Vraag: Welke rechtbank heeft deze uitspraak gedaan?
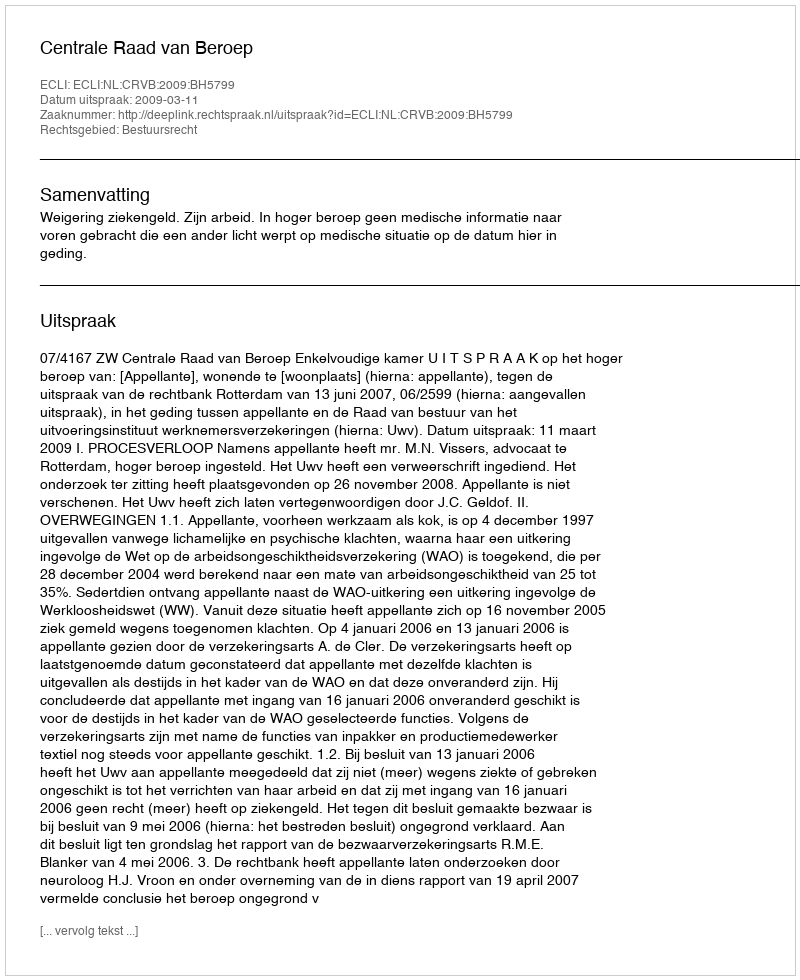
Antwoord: Centrale Raad van Beroep